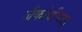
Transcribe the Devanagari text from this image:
जैकोबीयाइ